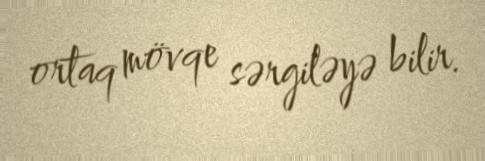
ortaq mövqe sərgiləyə bilir.